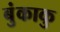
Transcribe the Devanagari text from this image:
बुंकाकु